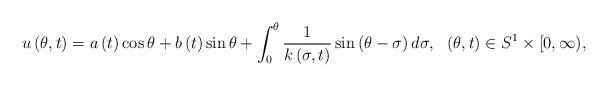
LaTeX: \begin{align*}u\left( \theta,t\right) =a\left( t\right) \cos\theta+b\left( t\right)\sin\theta+\int_{0}^{\theta}\frac{1}{k\left( \sigma,t\right) }\sin\left(\theta-\sigma\right) d\sigma,\ \ \left( \theta,t\right) \in S^{1}\times\lbrack0,\infty), \end{align*}